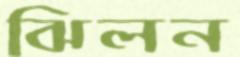
ঝিলন